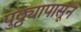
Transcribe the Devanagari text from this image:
पुठ्ठ्यापासून